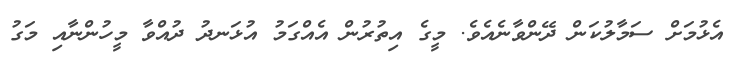
އެޅުމަށް ސަމާލުކަން ދޭންވާނެއެވެ. މީގެ އިތުރުން އެއްގަމު އުޅަނދު ދުއްވާ މީހުންނާއި މަގު